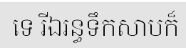
ទេ រីឯរន្ធទឹកសាបក៏